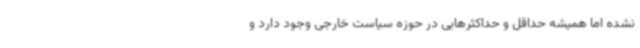
نشده اما همیشه حداقل و حداکثرهایی در حوزه سیاست خارجی وجود دارد و